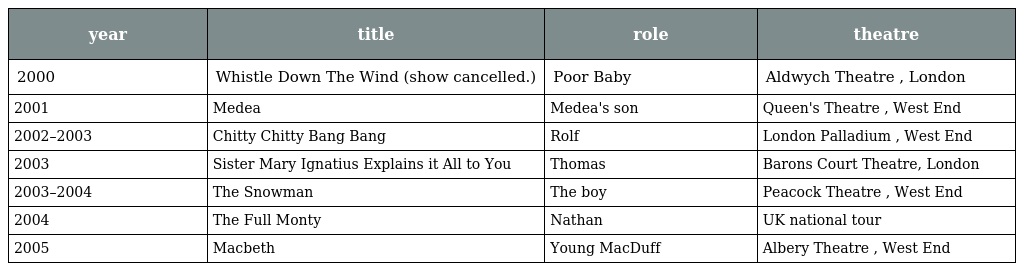
| year | title | role | theatre |
 | --- | --- | --- | --- |
 | 2000 | Whistle Down The Wind (show cancelled.) | Poor Baby | Aldwych Theatre , London |
 | 2001 | Medea | Medea's son | Queen's Theatre , West End |
 | 2002–2003 | Chitty Chitty Bang Bang | Rolf | London Palladium , West End |
 | 2003 | Sister Mary Ignatius Explains it All to You | Thomas | Barons Court Theatre, London |
 | 2003–2004 | The Snowman | The boy | Peacock Theatre , West End |
 | 2004 | The Full Monty | Nathan | UK national tour |
 | 2005 | Macbeth | Young MacDuff | Albery Theatre , West End |